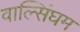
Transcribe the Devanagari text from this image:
वाल्सिंघम